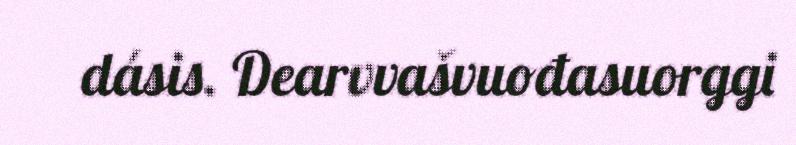
dásis. Dearvvašvuođasuorggi